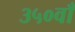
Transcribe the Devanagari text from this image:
३५०वाँ